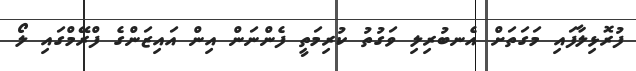
ފުރޮޅިލާފައި މަގަތަށް އެނބުރިލި ވަގުތު ކުރިމަތީ ފެންނަން އިން އައިޒަންގެ ފްރޭމްގައި ލޯ